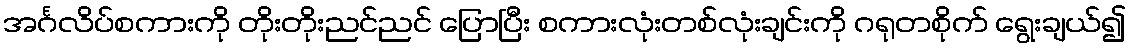
အင်္ဂလိပ်စကားကို တိုးတိုးညင်ညင် ပြောပြီး စကားလုံးတစ်လုံးချင်းကို ဂရုတစိုက် ရွေးချယ်၍